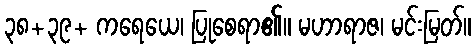
၃၈+၃၉+ ကရေယေ၊ ပြုစေရာ၏။ မဟာရာဇ၊ မင်းမြတ်။